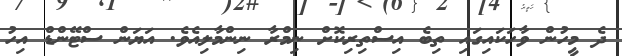
ދެ މީހުން ވާހަކައިގައި ތިބެ އިސްތިރިކޮށް ނިމްރާ ނިންމާލިއެވެ. އަޔަން ސްޓޭންޑް އިހު